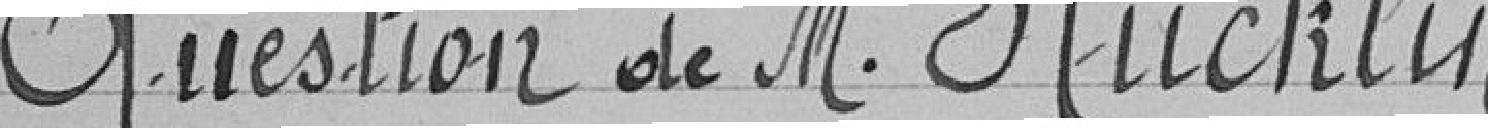
question de M. Rücklin